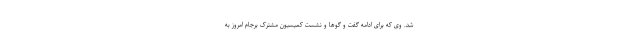
شد. وی که برای ادامه گفت و گوها و نشست کمیسیون مشترک برجام امروز به